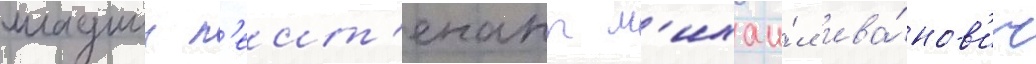
младшии л'еит'енант м'ихаи́л ива́нов'ич